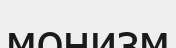
монизм